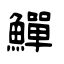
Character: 鱓